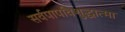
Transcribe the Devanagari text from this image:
सर्वपापविशुद्धात्मा